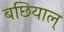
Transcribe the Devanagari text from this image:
बछियाल्